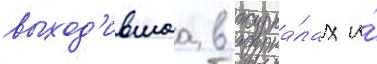
выход'ившаа в журна́лах и́